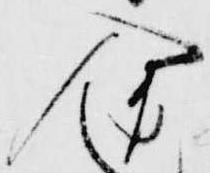
入